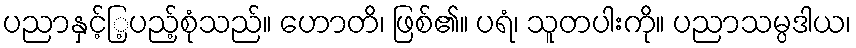
ပညာနှင့်ြ့ပည့်စုံသည်။ ဟောတိ၊ ဖြစ်၏။ ပရံ၊ သူတပါးကို။ ပညာသမ္ပဒါယ၊